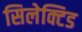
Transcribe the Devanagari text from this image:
सिलेक्टिड